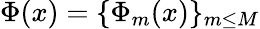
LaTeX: \Phi(x)=\{ \Phi_{m}(x)\} _{m\leq M}